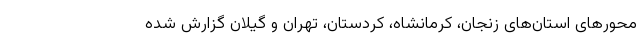
محورهای استان‌های زنجان، کرمانشاه، کردستان، تهران و گیلان گزارش شده